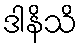
ဒါနိသိ